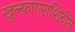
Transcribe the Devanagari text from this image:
खुल्फ़ाएराशिदीन